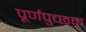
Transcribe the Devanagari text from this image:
पूर्णपुच्छक